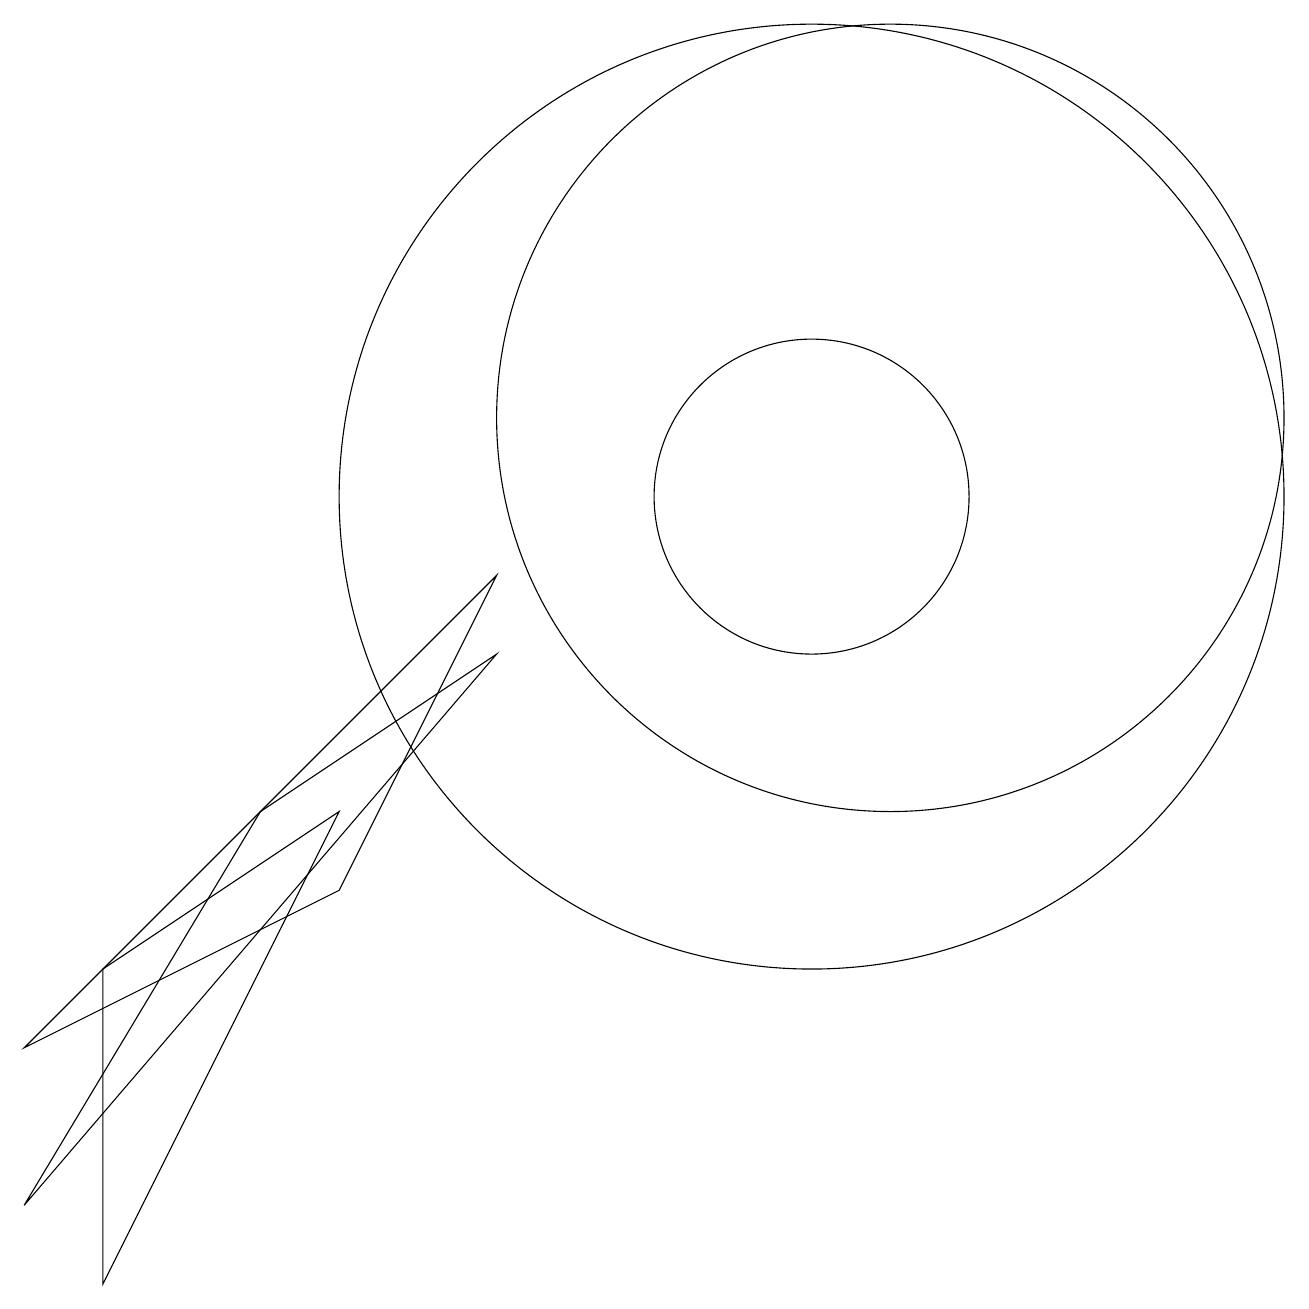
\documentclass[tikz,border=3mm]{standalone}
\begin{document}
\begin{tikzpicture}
\draw (10,10) circle (6);
\draw (11,11) circle (5);
\draw (6,8) -- (0,1) -- (3,6) -- cycle;
\draw (0,3) -- (4,5) -- (6,9) -- cycle;
\draw (1,4) -- (1,0) -- (4,6) -- cycle;
\draw (10,10) circle (2);
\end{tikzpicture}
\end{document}